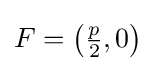
F=\left({\tfrac {p}{2}},0\right)